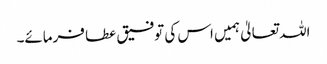
اللہ تعالیٰ ہمیں اس کی توفیق عطا فرمائے۔